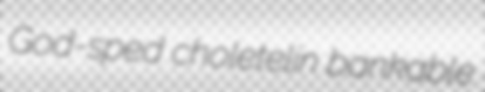
God-sped choletelin bankable